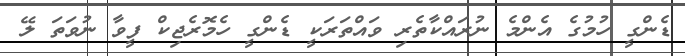
ޑެންގީ ހުމުގެ އެންމެ ނުރައްކާތެރި ވައްތަރަކީ ޑެންގީ ހެމޮރެޖިކް ފީވާ ނުވަތަ ލޭ